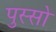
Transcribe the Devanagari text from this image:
पुस्सो